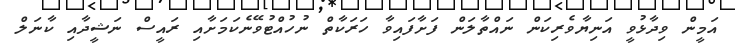
އަމީން ވިދާޅުވީ އަނިޔާވެރިކަން ނައްތާލަން ފަށާފައިވާ ހަރަކާތް ނުހުއްޓުވޭނެކަމަށާއި ރައީސް ނަޝީދާއި ކާނަލް